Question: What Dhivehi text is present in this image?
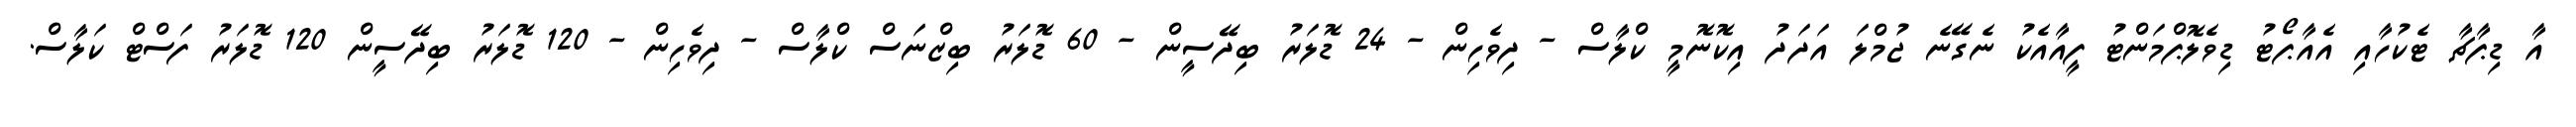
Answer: އާ ޑިޕާޗާ ޓެކުހާއި އެއާޕޯޓު ޑިވެލޮޕްމަންޓު ފީއާއެކު ނެގޭނެ ޖުމްލަ އަދަދު އިކޮނޮމީ ކްލާސް - ދިވެހިން - 24 ޑޮލަރު ބިދޭސީން - 60 ޑޮލަރު ބިޒްނަސް ކްލާސް - ދިވެހިން - 120 ޑޮލަރު ބިދޭސީން 120 ޑޮލަރު ފަސްޓް ކަލާސް.